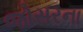
જોસરના